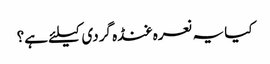
کیا یہ نعرہ غنڈہ گردی کیلئے ہے؟